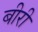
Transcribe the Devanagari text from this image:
बीरी